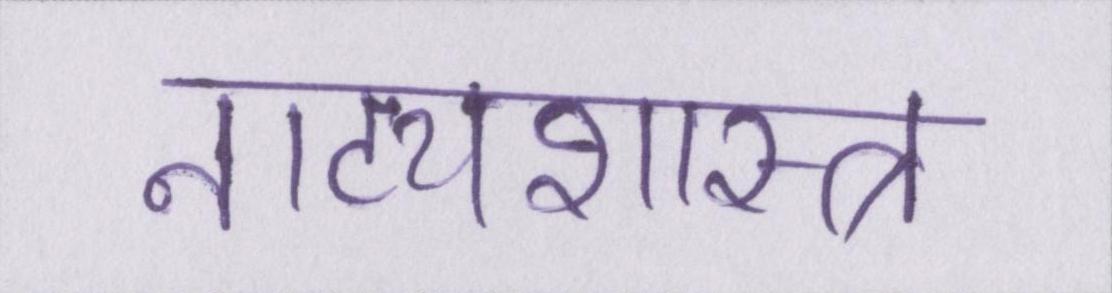
नाट्यशास्त्र